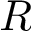
R